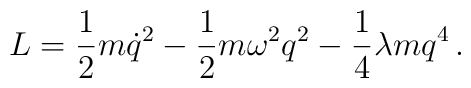
L=\frac12 m\dot q^2 -\frac12 m\omega^2 q^2 -\frac14\lambda m q^4\,.